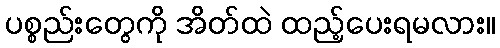
ပစ္စည်းတွေကို အိတ်ထဲ ထည့်ပေးရမလား။